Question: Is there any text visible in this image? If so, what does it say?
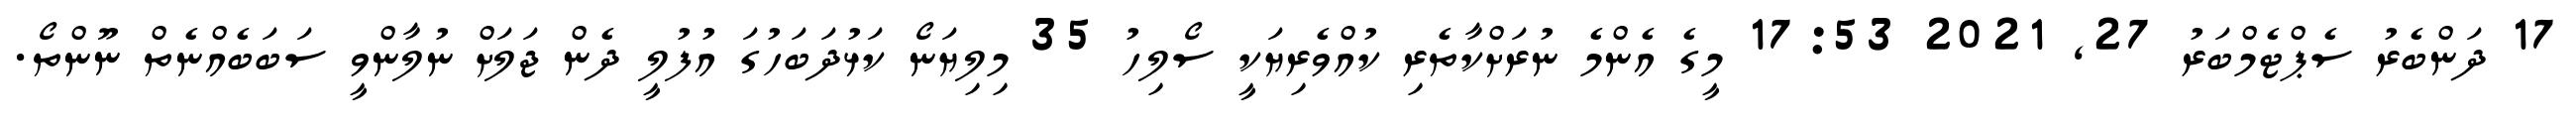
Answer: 17 ދަންބެރު ސެޕްޓެމްބަރު 27, 2021 17:53 މީގެ އެންމެ ނުރަށްކާތެރި ކުއްވެރިޔަކީ ސޯލިހު 35 މިލިޔަނޯ ކަޅުދަބަހުގަ އުފުލީ ދެން ޖަލަށް ނުލާންވީ ސަބަބެއްނެތް ނޫންތޯ.